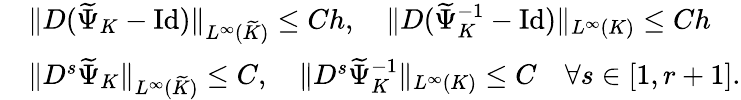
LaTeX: \begin{array}{r}{\begin{array}{rl}&{\| D(\widetilde{\Psi}_{K}-\mathrm{Id})\| _{L^{\infty}(\widetilde{K})}\leq Ch,\quad\| D(\widetilde{\Psi}_{K}^{-1}-\mathrm{Id})\| _{L^{\infty}(K)}\leq Ch}\\ &{\| D^{s}\widetilde{\Psi}_{K}\| _{L^{\infty}(\widetilde{K})}\leq C,\quad\| D^{s}\widetilde{\Psi}_{K}^{-1}\| _{L^{\infty}(K)}\leq C\quad\forall s\in[1,r+1].}\end{array}}\end{array}